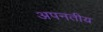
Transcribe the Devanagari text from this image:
अपनतीय